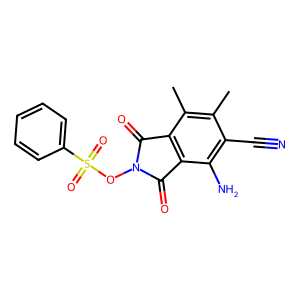
SMILES: Cc1c(C)c2c(c(N)c1C#N)C(=O)N(OS(=O)(=O)c1ccccc1)C2=O
Inhibits HIV replication: No